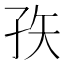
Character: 𰌣